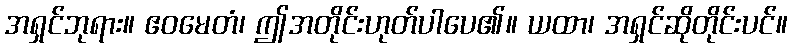
အရှင်ဘုရား။ ဧဝမေတံ၊ ဤအတိုင်းဟုတ်ပါပေ၏။ ယထာ၊ အရှင်ဆိုတိုင်းပင်။